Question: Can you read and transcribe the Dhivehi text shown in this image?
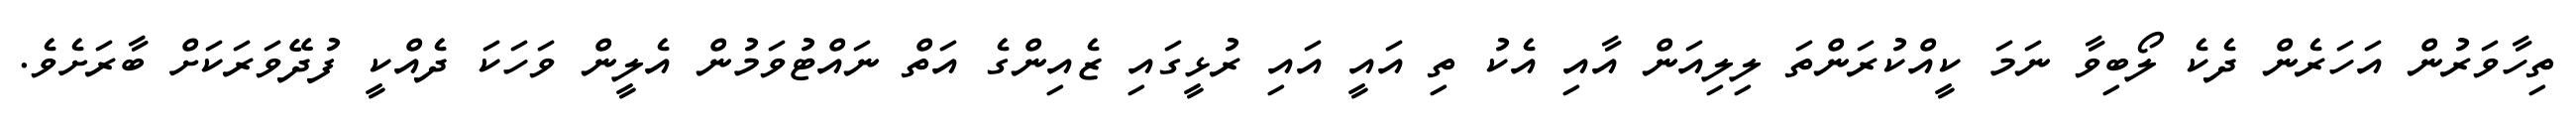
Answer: ތިހާވަރުން އަހަރެން ދެކެ ލޯބިވާ ނަމަ ކީއްކުރަންތަ ލިލިއަން އާއި އެކު ތި އައީ އައި ރުޅީގައި ޒެއިންގެ އަތް ނައްޓުވަމުން އެލީން ވަހަކަ ދެއްކީ ފުދޭވަރަކަށް ބާރަށެވެ.